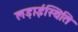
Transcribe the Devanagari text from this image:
लड़ाईस्थिति